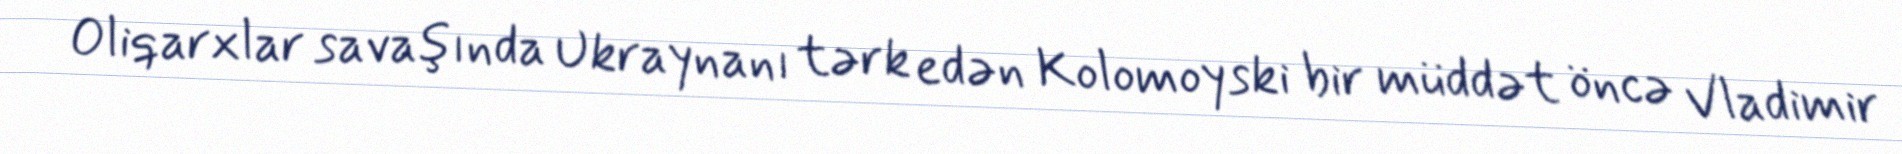
Oliqarxlar savaşında Ukraynanı tərk edən Kolomoyski bir müddət öncə Vladimir